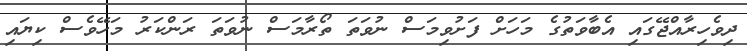
ދިވެހިރާއްޖޭގައި އެބާވަތުގެ މަހަށް ފަށުވިމަސް ނުވަތަ ތޯރާމަސް ނުވަތަ ރަންކަރު މަހޭވެސް ކިޔައި